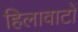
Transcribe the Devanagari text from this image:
हिलावाटों